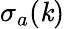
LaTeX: \sigma_{a}(\mathit{k})